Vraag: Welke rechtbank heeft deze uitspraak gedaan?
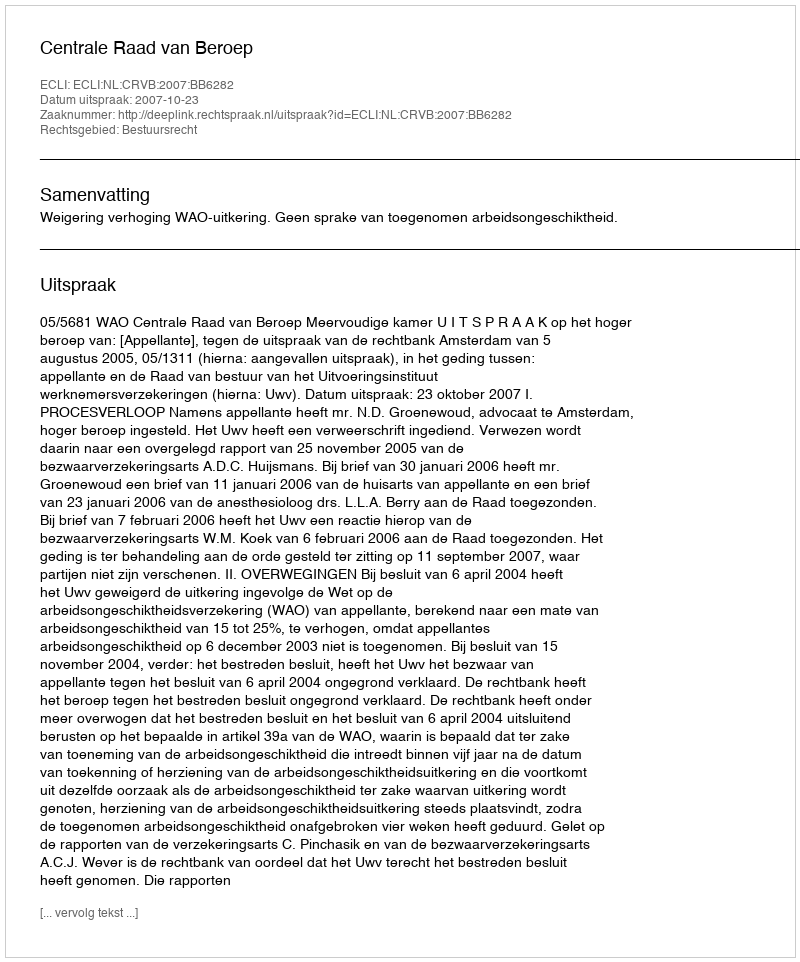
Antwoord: Centrale Raad van Beroep